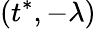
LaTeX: (t^{*},-\lambda)